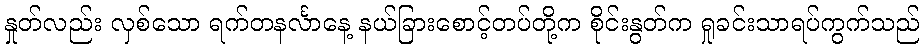
နှုတ်လည်း လှစ်သော ရက်တနင်္လာနေ့ နယ်ခြားစောင့်တပ်တို့က စိုင်းနွတ်က ရှုခင်းသာရပ်ကွက်သည်